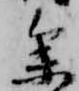
参